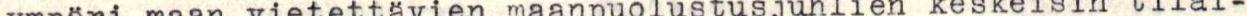
ympäri maan vietettävien maanpuolustusjuhlien keskeisin tilai-